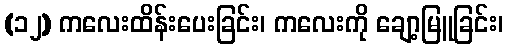
(၁၂) ကလေးထိန်းပေးခြင်း၊ ကလေးကို ချော့မြူခြင်း၊